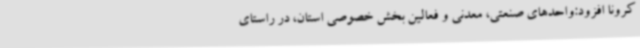
کرونا افزود:واحدهای صنعتی، معدنی و فعالین بخش خصوصی استان، در راستای